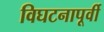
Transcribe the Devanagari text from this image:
विघटनापूर्वी